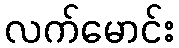
လက်မောင်း